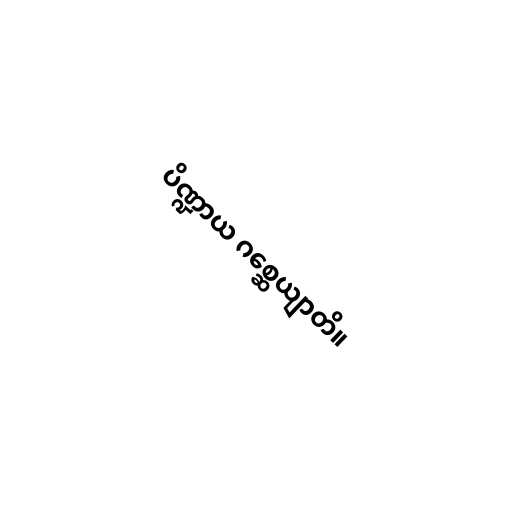
ပိဏ္ဍာယ ဂစ္ဆေယျာတိ။